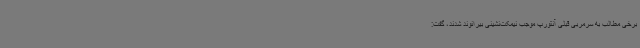
برخی مطالب به سرمربی قبلی آنتورپ موجب نیمکت‌نشینی بیرانوند شدند، گفت: